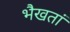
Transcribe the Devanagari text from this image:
भैखतां